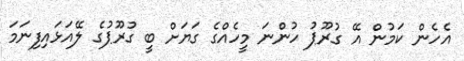
އެހެން ކަމުން އޭ ގުރޫޕު ހުންނަ މީހެއްގެ ގަޔަށް ބީ ގުރޫޕުގެ ލޭއަޅައިފިނަމަ